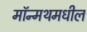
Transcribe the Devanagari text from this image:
मॉन्मथमधील